画像に写った文字を読んでください
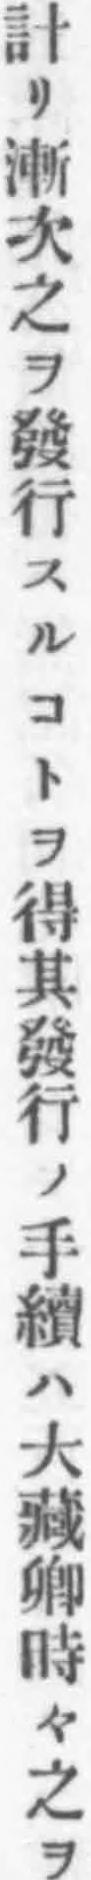
「計リ漸次之ヲ發行スルコトヲ得其發行ノ手續ハ大藏卿時々之ヲ」と書いてあります